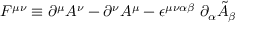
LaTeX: F ^ { \mu \nu } \equiv \partial ^ { \mu } A ^ { \nu } - \partial ^ { \nu } A ^ { \mu } - \epsilon ^ { \mu \nu \alpha \beta } \; \partial _ { \alpha } \tilde { A } _ { \beta }